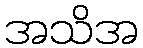
အသိအ